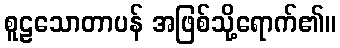
စူဠသောတာပန် အဖြစ်သို့ရောက်၏။